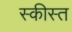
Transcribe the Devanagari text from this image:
स्कीस्त